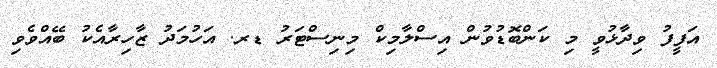
އަފީފު ވިދާޅުވީ މި ކަންބޮޑުވުން އިސްލާމިކް މިނިސްޓަރު ޑރ. އަހުމަދު ޒާހިރާއެކު ބޭއްވެވި